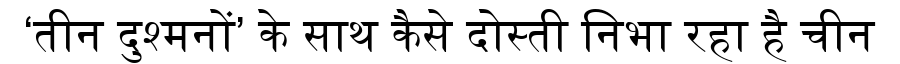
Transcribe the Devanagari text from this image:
‘तीन दुश्मनों’ के साथ कैसे दोस्ती निभा रहा है चीन